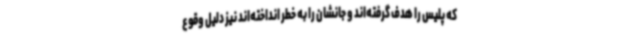
که پلیس را هدف گرفته‌اند و جانشان را به خطر انداخته‌اند نیز دلیل وقوع